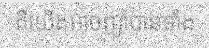
គឺយើងអាចញ៉ាំបានទាំង